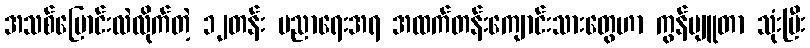
အသစ်ပြောင်းလဲလိုက်တဲ့ ၁၂တန်း ပညာရေးအရ အထက်တန်းကျောင်းသားတွေဟာ ကွန်ပျူတာ သုံးပြီး